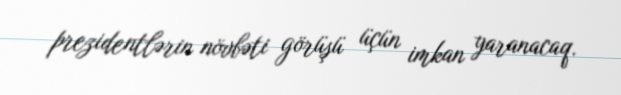
prezidentlərin növbəti görüşü üçün imkan yaranacaq.